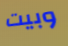
وبيت